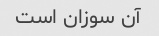
آن سوزان است